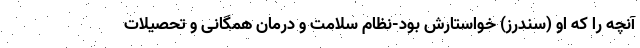
آنچه را که او (سندرز) خواستارش بود-نظام سلامت و درمان همگانی و تحصیلات